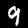
Digit: 9